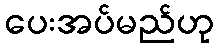
ပေးအပ်မည်ဟု